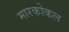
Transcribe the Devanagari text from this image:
मारकोकल